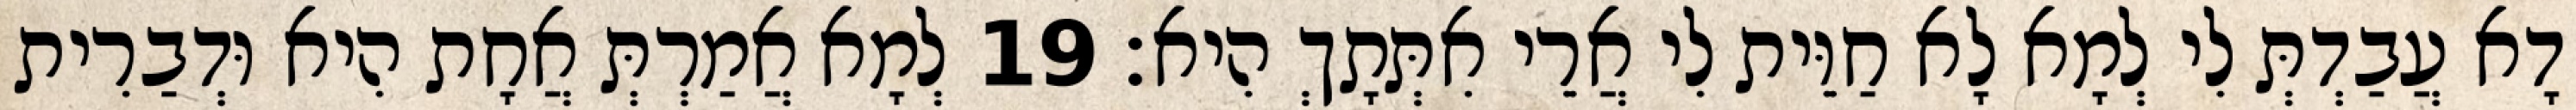
דָא עֲבַדְתְּ לִי לְמָא לָא חַוֵּית לִי אֲרֵי אִתְּתָךְ הִיא׃ 19 לְמָא אֲמַרְתְּ אֲחָת הִיא וּדְבַרִית